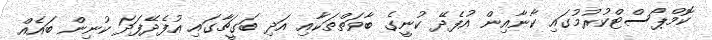
ކޮމްޕޯސްޓްކުރުމުގައި ކާނާއިން އުފެދޭ ކުނީގެ ބާވަތްތަކާއި އަދި ބަގީޗާގައި އުފެދޭފަދަ ކުނިން ބައެއް